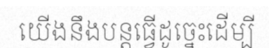
យើងនឹងបន្តធ្វើដូច្នេះដើម្បី